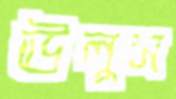
ঊলুস